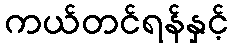
ကယ်တင်ရန်နှင့်